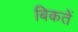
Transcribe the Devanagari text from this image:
बिकतें